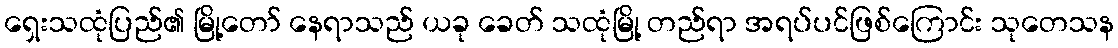
ရှေးသထုံပြည်၏ မြို့တော် နေရာသည် ယခု ခေတ် သထုံမြို့ တည်ရာ အရပ်ပင်ဖြစ်ကြောင်း သုတေသန